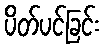
ပိတ်ပင်ခြင်း